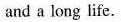
and a long life.